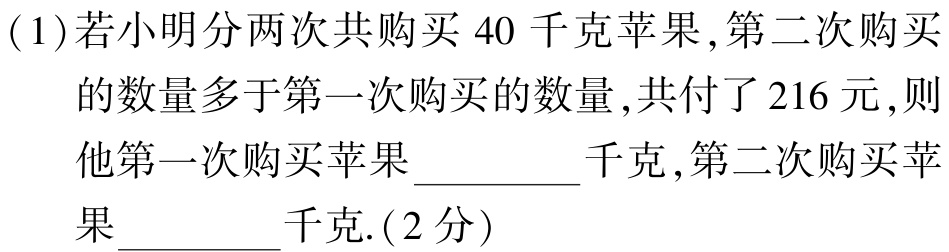
(1)若小明分两次共购买$40$千克苹果,第二次购买的数量多于第一次购买的数量,共付了$216$元,则他第一次购买苹果  千克,第二次购买苹果  千克.(2分)